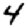
Digit: 4